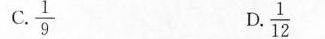
C.\frac{1}{9} D.\frac{1}{12}